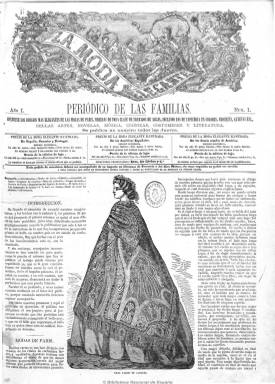
Título: La Moda elegante (Cádiz)
Otros títulos: Moda elegante ilustrada || Moda ilustrada
Colección: Revistas femeninas || Moda
Ámbito geográfico: Cádiz
Lugar de publicación: Madrid
Fechas: 10/10/1861-01/12/1923

La aparición de esta publicación se remonta al uno de mayo de 1842, cuando empieza a editarse en Cádiz con el título de La Moda y el subtítulo: “revista semanal de literatura, teatro, costumbres y modas”. Fue fundada por el ingeniero, médico y escritor gaditano Francisco Flores Arenas (1801-1877), y se estampaba en la Imprenta y Litografía de la Revista Médica, establecimiento a cargo del impresor y editor gaditano Federico Joly Velasco (apellido este que se convertirá en saga empresarial periodística hasta nuestros días, como fundadora y propietaria del Diario de Cádiz, 1867-).

La Moda aparecía los domingos y muy pronto se convirtió en la revista de las familias gaditanas, alcanzando un éxito que rebasaba la esfera local, pues no sólo se difundía en Andalucía. Entre sus contenidos aparecían figurines, dibujos de tapicería, crochet y patrones, y muchos de sus grabados eran editados en láminas sueltas junto a cada número.

Al poco tiempo sería adquirida y editada por quien se iba a convertir en uno de los principales empresarios de la prensa española en la centuria del diecinueve, el gaditano Abelardo de Carlos y Almansa (1822-1884), quien mantuvo a Flores Arenas como director.

Tras publicarse sin interrupción durante veinte años, La Moda fue absorbida en 1862 por una nueva cabecera, La Moda elegante, que había empezado a publicarse en Cádiz en octubre de 1861. En 1862 continuaría su publicación con este título y su formato de pliego mayor, retomando la secuencia de numeración de La Moda con la designación: “Año XXI”. Posteriormente amplió su título a La Moda elegante ilustrada (aunque mantuvo el mismo grabado de su cabecera con el título anterior), y se convirtió en una de las mejores revistas de su género.

En plena efervescencia de la revolución septembrina, a finales de 1868, De Carlos se traslada a Madrid con parte de la redacción y acrecienta su negocio periodístico con la adquisición a los grabadores catalanes José Gaspar y Maristany (-1879) y Gaspar Roig Olivares de la revista El Museo universal ilustrado, subtitulado “periódico de ciencias, literatura, artes, industria”, una de las principales cabeceras de la época que, al principio, es ofrecida en suscripción con descuento a los suscriptores de La moda elegante.

Este traslado de Cádiz a Madrid, sumado a los sucesivos cambios de título, ha dificultado la correcta descripción bibliográfica de La Moda elegante, así como la aclaración sobre sus orígenes. Así, la falta de una referencia cronológica en los primeros números hizo que en esta colección se dataran erróneamente, atribuyendo a los 52 primeros la fecha de 1861, y a los 12 últimos el primer trimestre de 1862. No obstante, si bien los primeros 12 números muestran el año 1861 en el pie de imprenta, en los 52 siguientes aparece el año 1862. Pero no fue posible datar con más precisión esos 12 primeros números, publicados en 1861, hasta encontrar diferentes referencias a las fechas de publicación de La Moda elegante en los siguientes periódicos: día 27/10/1861 y 24/11/1861 de La España (Madrid. 1848); día 26/10/1861 de La Discusión (Madrid. 1856); día 14/11/1861 de La Corona (Barcelona. 1857); y día 15/11/1861 de La Iberia (Madrid. 1854).

Estas referencias permitieron determinar que La Moda elegante tiene una primera serie que se compone de 12 números, sin designación cronológica, publicados los jueves desde el 10 oct. al 26 dic. 1861. A partir del 5 en. 1862 se publica los domingos, y comienza una nueva numeración sin designación cronológica, con la designación “Año XXI” correspondiente a la publicación a la que absorbe: La Moda (Cádiz). Este último título se siguió publicando simultáneamente como tal hasta su número 52 del 29 de diciembre de 1861, como se ha podido comprobar consultando la colección custodiada por la Hemeroteca Municipal de Madrid. La colección de la BNE llega hasta enero de 1861 y comprende solo algunos ejemplares del periodo 1857-1861.

La Moda elegante pasó a estamparse a partir del 30 de abril de 1870 en la imprenta de Tomás Fornet de Madrid, hasta que en 1872 lo hará en la de M. Rivadeneira y, seguidamente, en la Imprenta, estereotipia y galvanoplastia de Aribau y Cía, sucesores de Rivadeneyra e impresores de Cámara de S.M. Este establecimiento tipográfico se convirtió así en la morada tanto de La Moda como de La Ilustración desde 1882.

La Moda elegante es una de las publicaciones femeninas más longevas, pues continuó su larga vida hasta finales de 1927, sobreviviendo a De Carlos. Debió ser una revista delicia del componente femenino de la alta y acomodada burguesía, a la que deleitó incluso en tiempos revueltos como los del Sexenio Democrático (1868-1874), que posteriormente llegó a estampar junto a su título la siguiente leyenda: Periódico de las familias que tienen la alta honra de contar como primera suscriptora a S.M. la Reina (Q.D.G.).

Es una publicación profusamente ilustrada con grabados referidos a vestuario, peluquería y mobiliario, que ampliaba con textos explicativos. Contiene asimismo artículos sobre ciudades y monumentos, biografías, de medicina e instrucción para jóvenes, folletines, cuentos, pasatiempos (dameros, ajedrez, jeroglíficos, etc.) y textos en verso, así como traducciones, revistas de modas de París y crónicas de los salones de moda. También incluyó anuncios.

Entre sus colaboradores se encontraban, además de Francisco Flores Arenas, A. de Balbuena, el escritor y periodista madrileño, iniciador e las crónicas del mundo elegante Ramón de Navarrete (1820-1897), Elisa Moreno y Cortés, Antonio F. Grillo, C. Campos, la escritora jienense Patrocinio de Biedma (1845-1927), el escritor y político Antonio López Muñoz (1849-1929), los escritores vascos Vicente de Arana (1848-1890) y Antonio Trueba (1819-1889) y el mismísimo escritor murciano José Selgas (1822-1882). También la dirigieron el propio De Carlos y su hijo Abelardo José de Carlos y Hierro (1848-1910).

Se difundió no sólo en Cádiz, Madrid y otras ciudades de la península y Canarias, sino también en Lisboa, en La Habana, islas Filipinas, Puerto Rico, Buenos Aires y otras ciudades hispanoamericanas.

Los estudiosos han señalado lo infructuoso de encontrar una colección completa de este título, debido al desguace de las ilustraciones de sus ejemplares. La Hemeroteca Municipal de Madrid conserva ejemplares de la etapa de 1842-1861, así como de la etapa posterior, de los cuales ha digitalizado el año 1870. También se encuentran digitalizadas las colecciones incompletas de la Universidad de Granada y del Museo del Traje, ambas disponibles en la Biblioteca Virtual de Prensa Histórica.

En julio de 2021 se corrige la datación de los ejemplares de 1861 y 1862, se revisa la catalogación de La Moda (Cádiz) y de La Moda elegante (Cádiz), y se modifica esta descripción.

Algunas imágenes cedidas por TECNODOC.

[Descripción modificada el 18/09/2023]